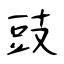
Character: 豉